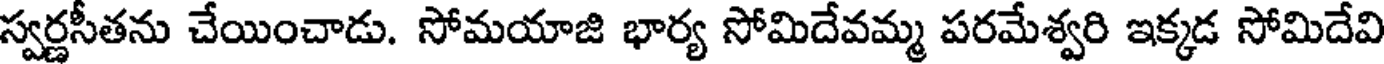
స్వర్ణసీతను చేయించాడు. సోమయాజి భార్య సోమిదేవమ్మ పరమేశ్వరి ఇక్కడ సోమిదేవి